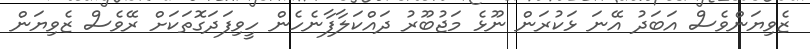
ޒެވިޔަންވެސް އަބަދު އޭނަ ޅަކުރަން ނޫޅެ މަޖުބޫރު ދައްކަލާފާނެހެން ހީވިފަދަގޮތަކަށް ރޭވެސް ޒެވިޔަން